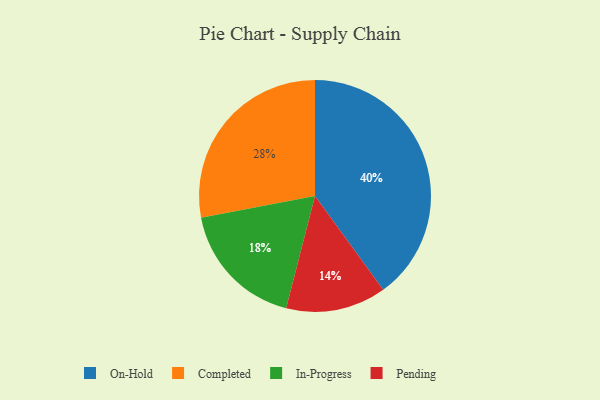
{"axis": {"x": "Category", "y": "Percentage"}, "legend": ["Completed", "In-Progress", "On-Hold", "Pending"], "data": [{"x": "Pending", "y": 14, "type": "Pending"}, {"x": "Completed", "y": 28, "type": "Completed"}, {"x": "In-Progress", "y": 18, "type": "In-Progress"}, {"x": "On-Hold", "y": 40, "type": "On-Hold"}]}